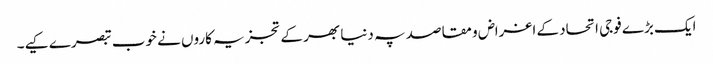
ایک بڑے فوجی اتحاد کے اغراض و مقاصد پہ دنیا بھر کے تجزیہ کاروں نے خوب تبصرے کیے۔